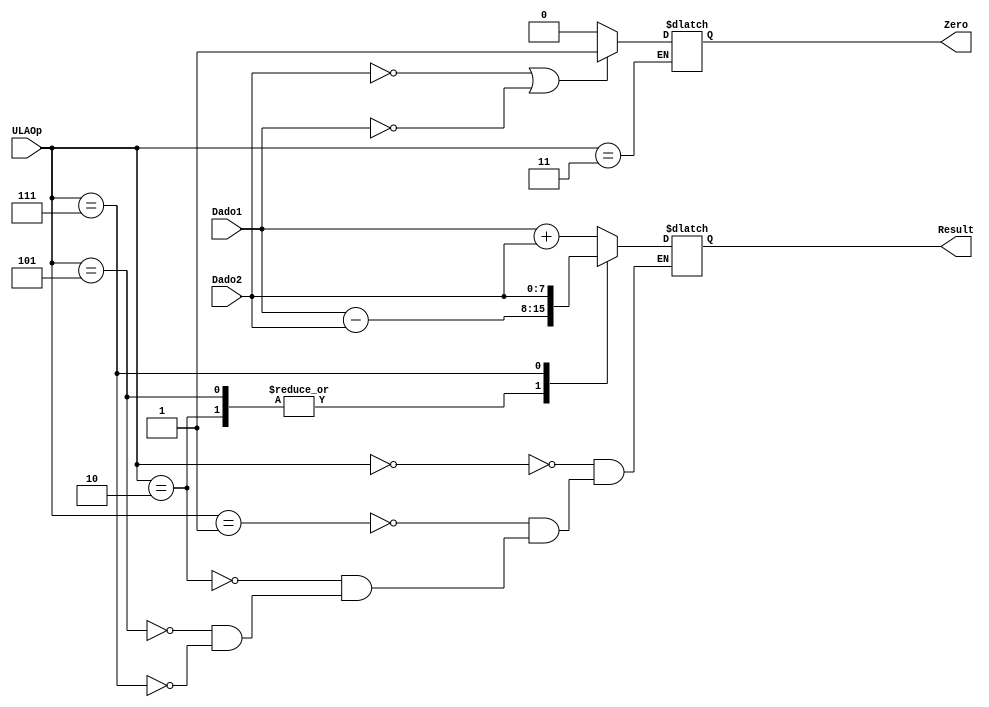
/*
Implementao em Verilog dos componentes do nRisc que armazenam estado.
Aluno: Alexandre Roque.
Disciplina: Arquitetura e Organizao de Computadores.
Professor: Mateus Felipe Tymburib Ferreira.
*/

module ULA(Dado1,Dado2,ULAOp,Result,Zero);
	
	input [7:0] Dado1,Dado2;
	input [2:0] ULAOp;
	
	output [7:0] Result;
	output Zero;
	
	reg [7:0] Resultado_ULA;
   reg zerotmp;
	
   assign Result = Resultado_ULA;
   assign Zero = zerotmp;
	 
   always @(*)
   begin // inicio
       case(ULAOp) //begin case
		 
			3'b000: // Addi
			Resultado_ULA = Dado1 + Dado2 ;
				
			3'b001: // Add
			Resultado_ULA = Dado1 + Dado2 ;
				
			3'b010: // Subi
			Resultado_ULA = Dado1 - Dado2 ;
				
			3'b011: // BEQ
			begin // inicio
				if(Dado2 == 0 | Dado1 == 0)
					zerotmp = 1;
				else
					zerotmp = 0;
			end// fim
			
			3'b101: // SW
			Resultado_ULA = Dado1 - Dado2 ;
			
			3'b111: // LI
			Resultado_ULA = Dado2 ;
			
			//3'b100: // JUMP
			//Resultado_ULA = 8'b00010110;
			
			
	  endcase // end case
    end //fim
endmodule